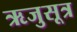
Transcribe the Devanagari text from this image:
ऋजुसूत्र